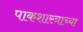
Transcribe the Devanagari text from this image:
पाकशास्त्राच्या